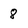
Character: 8